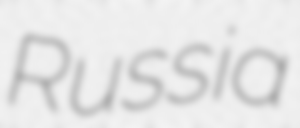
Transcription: Russia